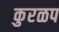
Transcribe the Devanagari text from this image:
कुरळप